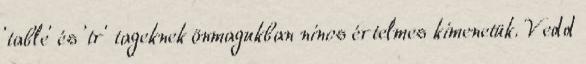
'table' és 'tr' tageknek önmagukban nincs értelmes kimenetük. Vedd